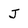
Character: J